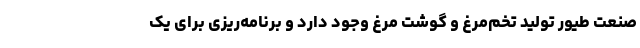
صنعت طیور تولید تخم‌مرغ و گوشت مرغ وجود دارد و برنامه‌ریزی برای یک